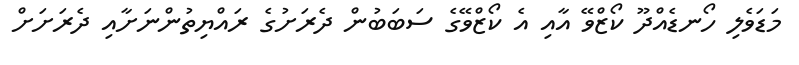
މަޑަވެލި ހޯނޑެއްދޫ ކޯޒްވޭ އާއި އެ ކޯޒްވޭގެ ސަބަބުން ދެރަށުގެ ރައްޔިތުންނަށާއި ދެރަށަށް